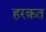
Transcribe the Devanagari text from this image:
हरक़त